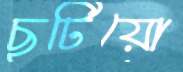
ছুটিয়ো